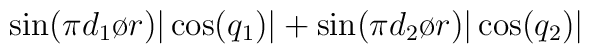
\sin({{\pi d_1}\o {r}})|\cos(q_1)| + \sin({{\pi d_2}\o {r}}) |\cos(q_2)|